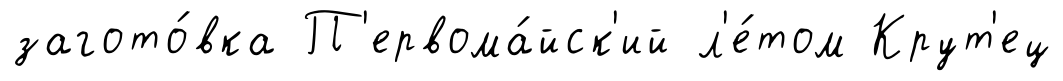
загото́вка П'ервома́йск'ий л'е́том Крут'ец